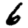
Digit: 6